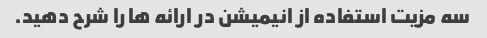
سه مزیت استفاده از انیمیشن در ارائه ها را شرح دهید.